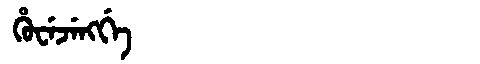
Manchu: ᡥᡠᠸᡝᠵᡝᠩᡤᡝ
Romanization: HUWEJENGGE